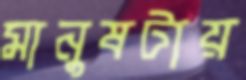
মানুষটায়